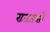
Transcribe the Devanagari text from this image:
राजजातों